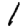
Digit: 1